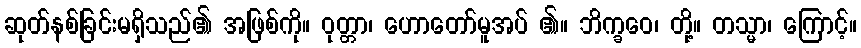
ဆုတ်နစ်ခြင်းမရှိသည်၏ အဖြစ်ကို။ ဝုတ္တာ၊ ဟောတော်မူအပ် ၏။ ဘိက္ခဝေ၊ တို့။ တသ္မာ၊ ကြောင့်။